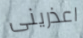
اعذرينى